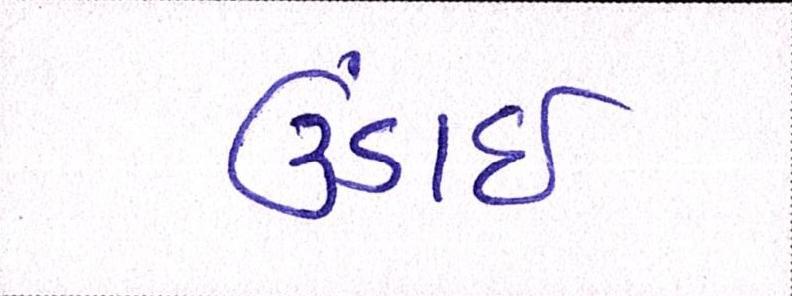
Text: ઉંડાઈ